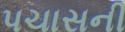
પચાસની